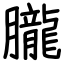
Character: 朧